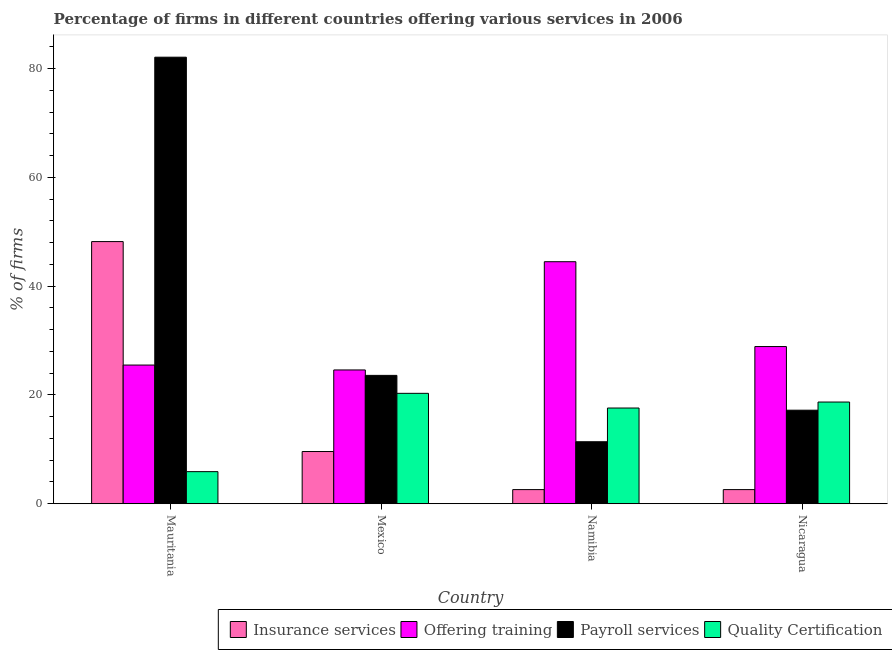
| Country | Insurance services | Offering training | Payroll services | Quality Certification |
 | --- | --- | --- | --- | --- |
 | Mauritania | 48.2 | 25.5 | 82.1 | 5.9 |
 | Mexico | 9.6 | 24.6 | 23.6 | 20.3 |
 | Namibia | 2.6 | 44.5 | 11.4 | 17.6 |
 | Nicaragua | 2.6 | 28.9 | 17.2 | 18.7 |